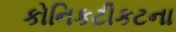
કોનિકટીકટના